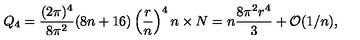
Q _ { 4 } = \frac { ( 2 \pi ) ^ { 4 } } { 8 \pi ^ { 2 } } ( 8 n + 1 6 ) \left( { \frac { r } { n } } \right) ^ { 4 } n \times N = n \frac { 8 \pi ^ { 2 } r ^ { 4 } } { 3 } + { \cal O } ( 1 / n ) ,